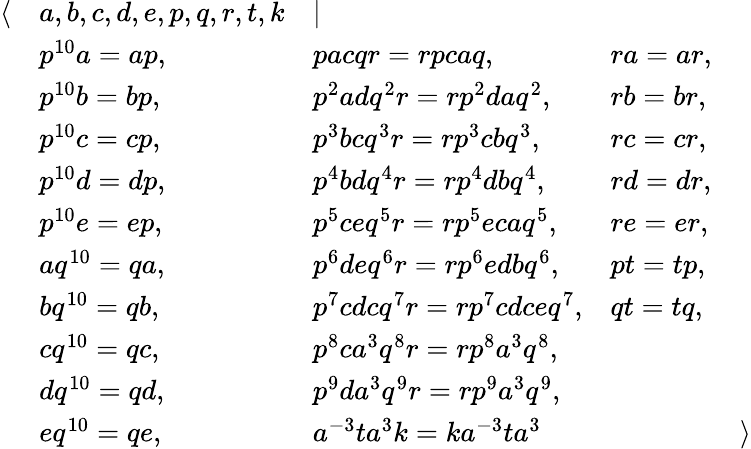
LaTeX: {\begin{array}{lllll}{\langle}&{a,b,c,d,e,p,q,r,t,k}&{|}&&\\ &{p^{10}a=ap,}&{pacqr=rpcaq,}&{ra=ar,}&\\ &{p^{10}b=bp,}&{p^{2}adq^{2}r=rp^{2}daq^{2},}&{rb=br,}&\\ &{p^{10}c=cp,}&{p^{3}bcq^{3}r=rp^{3}cbq^{3},}&{rc=cr,}&\\ &{p^{10}d=dp,}&{p^{4}bdq^{4}r=rp^{4}dbq^{4},}&{rd=dr,}&\\ &{p^{10}e=ep,}&{p^{5}ceq^{5}r=rp^{5}ecaq^{5},}&{re=er,}&\\ &{aq^{10}=qa,}&{p^{6}deq^{6}r=rp^{6}edbq^{6},}&{pt=tp,}&\\ &{bq^{10}=qb,}&{p^{7}cdcq^{7}r=rp^{7}cdceq^{7},}&{qt=tq,}&\\ &{cq^{10}=qc,}&{p^{8}ca^{3}q^{8}r=rp^{8}a^{3}q^{8},}&&\\ &{dq^{10}=qd,}&{p^{9}da^{3}q^{9}r=rp^{9}a^{3}q^{9},}&&\\ &{eq^{10}=qe,}&{a^{-3}ta^{3}k=ka^{-3}ta^{3}}&&{\rangle}\end{array}}